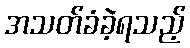
အသတ်ခံခဲ့ရသည့်